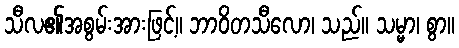
သီလ၏အစွမ်းအားဖြင့်။ ဘာဝိတသီလော၊ သည်။ သမ္မာ၊ စွာ။